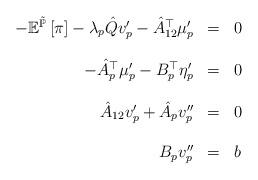
LaTeX: \begin{align*}\begin{array}{rcl}-\mathbb{E}^{\tilde{\mathbb{P}}}\left[\pi\right]-\lambda_{p}\hat{Q}v_{p}'-\hat{A}_{12}^{\top}\mu'_{p} & = & 0\\\\-\hat{A}_{p}^{\top}\mu'_{p}-B_{p}^{\top}\eta'_{p} & = & 0\\\\\hat{A}_{12}v_{p}'+\hat{A}_{p}v''_{p} & = & 0\\\\B_{p}v''_{p} & = & b\end{array}\end{align*}